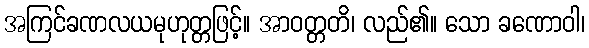
အကြင်ခဏလယမုဟုတ္တဖြင့်။ အာဝတ္တတိ၊ လည်၏။ သော ခဏောဝါ၊